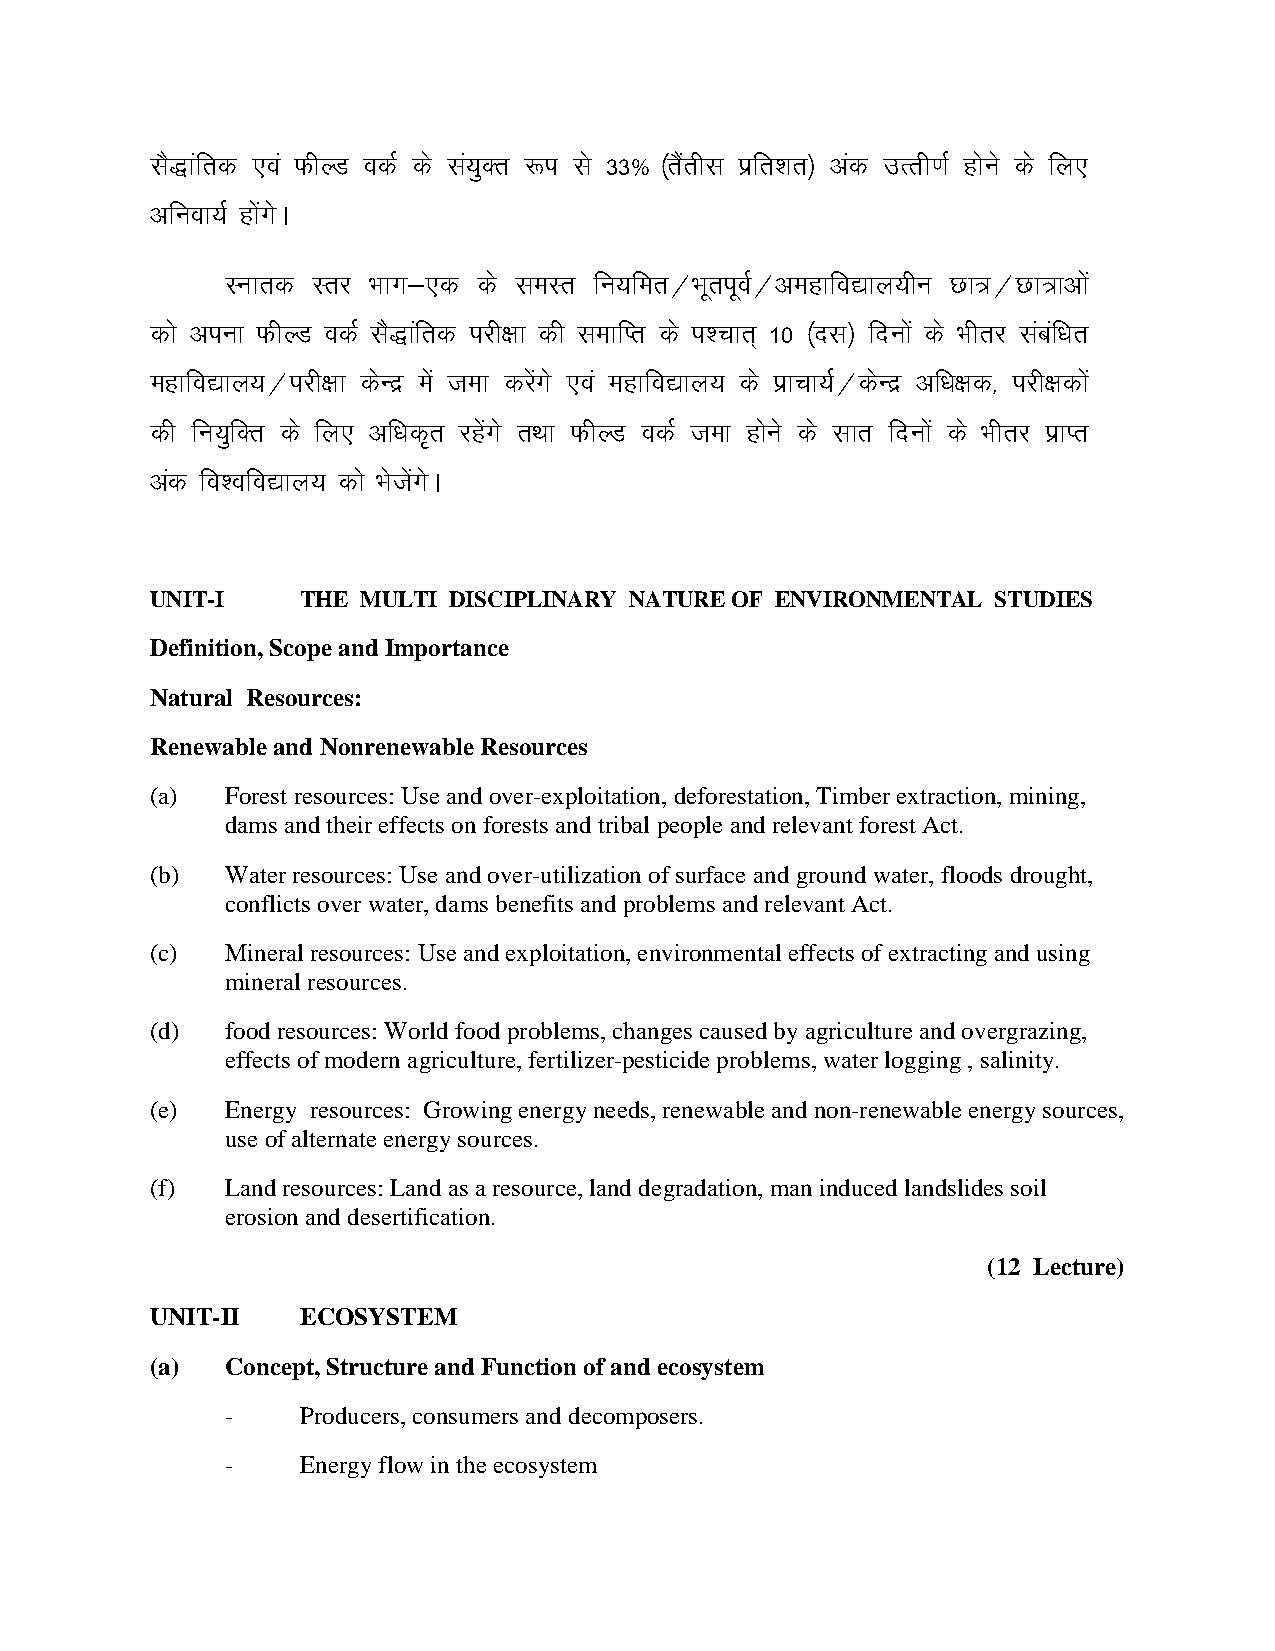
lS)kafrd ,oa QhYM odZ ds la;qDr :i ls 33% ¼rSarhl izfr'kr½ vad mRrh.kZ gksus ds fy,
 vfuok;Z gkxsa sA
 Lukrd Lrj Hkkx&,d ds leLr fu;fer@HkwriwoZ@vegkfo|ky;hu Nk=@Nk=kvksa
 dks viuk QhYM odZ lS)kafrd ijh{kk dh lekfIr ds i'pkr~ 10 ¼nl½ fnuksa ds Hkhrj lacaf/kr
 egkfo|ky;@ijh{kk dsUnz esa tek djsaxs ,oa egkfo|ky; ds izkpk;Z@dsUnz vf/k{kd] ijh{kdksa
 dh fu;qfDr ds fy, vf/kd`r jgsaxs rFkk QhYM odZ tek gksus ds lkr fnuksa ds Hkhrj izkIr
 vad fo'ofo|ky; dks HkstsaxsA
 UNIT-I    THE MULTI DISCIPLINARY NATURE OF ENVIRONMENTAL STUDIES
 Definition, Scope and Importance
 Natural Resources:
 Renewable and Nonrenewable Resources
 (a)  Forest resources: Use and over-exploitation, deforestation, Timber extraction, mining,
 dams and their effects on forests and tribal people and relevant forest Act.
 (b)  Water resources: Use and over-utilization of surface and ground water, floods drought,
 conflicts over water, dams benefits and problems and relevant Act.
 (c)  Mineral resources: Use and exploitation, environmental effects of extracting and using
 mineral resources.
 (d)  food resources: World food problems, changes caused by agriculture and overgrazing,
 effects of modern agriculture, fertilizer-pesticide problems, water logging , salinity.
 (e)  Energy resources: Growing energy needs, renewable and non-renewable energy sources,
 use of alternate energy sources.
 (f)  Land resources: Land as a resource, land degradation, man induced landslides soil
 erosion and desertification.
 (12 Lecture)
 UNIT-II   ECOSYSTEM
 (a)  Concept, Structure and Function of and ecosystem
 -    Producers, consumers and decomposers.
 -    Energy flow in the ecosystem